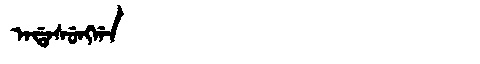
Manchu: ᠠᡩᠠᠰᡠᠩᡤᠠ
Romanization: ADASUNGGA